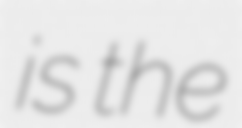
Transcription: is the